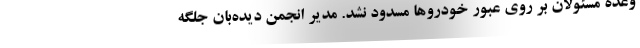
وعده مسئولان بر روی عبور خودروها مسدود نشد. مدیر انجمن دیده‌بان جلگه